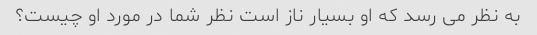
به نظر می رسد که او بسیار ناز است نظر شما در مورد او چیست؟